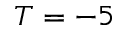
T = - 5